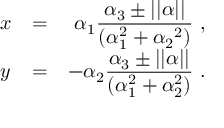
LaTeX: \begin{array} { l c r } { { x } } & { { = } } & { { \alpha _ { 1 } \displaystyle \frac { \alpha _ { 3 } \pm | | \alpha | | } { ( \alpha _ { 1 } ^ { 2 } + \alpha _ { 2 } { } ^ { 2 } ) } \ , } } \\ { { y } } & { { = } } & { { \displaystyle - \alpha _ { 2 } \frac { \alpha _ { 3 } \pm | | \alpha | | } { ( \alpha _ { 1 } ^ { 2 } + \alpha _ { 2 } ^ { 2 } ) } \ . } } \end{array}